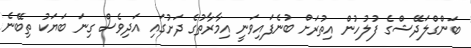
ބަންގްލަދޭޝްގެ ފުލުހުން އިތުރަށް ބުނެފައިވަނީ އިމާރާތުގެ ދަށުގައި އަދިވެސް ގިނަ ބަޔަކު ތިބޭނެ